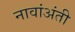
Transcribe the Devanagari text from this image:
नावांअंती